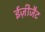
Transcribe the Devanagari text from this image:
ईज़ीजैट